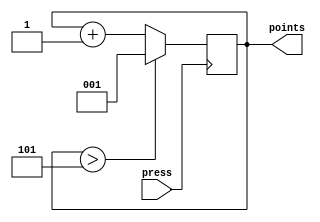
module add_point(
	input press,
	output reg [2:0] points
	);

	always @(posedge press)
	begin
		if (points > 3'd5) points <= 3'b1;
		else points <= points +3'b1;
	end
endmodule